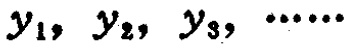
$y_1, y_2, y_3, \cdots\cdots$